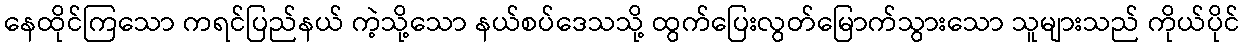
နေထိုင်ကြသော ကရင်ပြည်နယ် ကဲ့သို့သော နယ်စပ်ဒေသသို့ ထွက်ပြေးလွတ်မြောက်သွားသော သူများသည် ကိုယ်ပိုင်